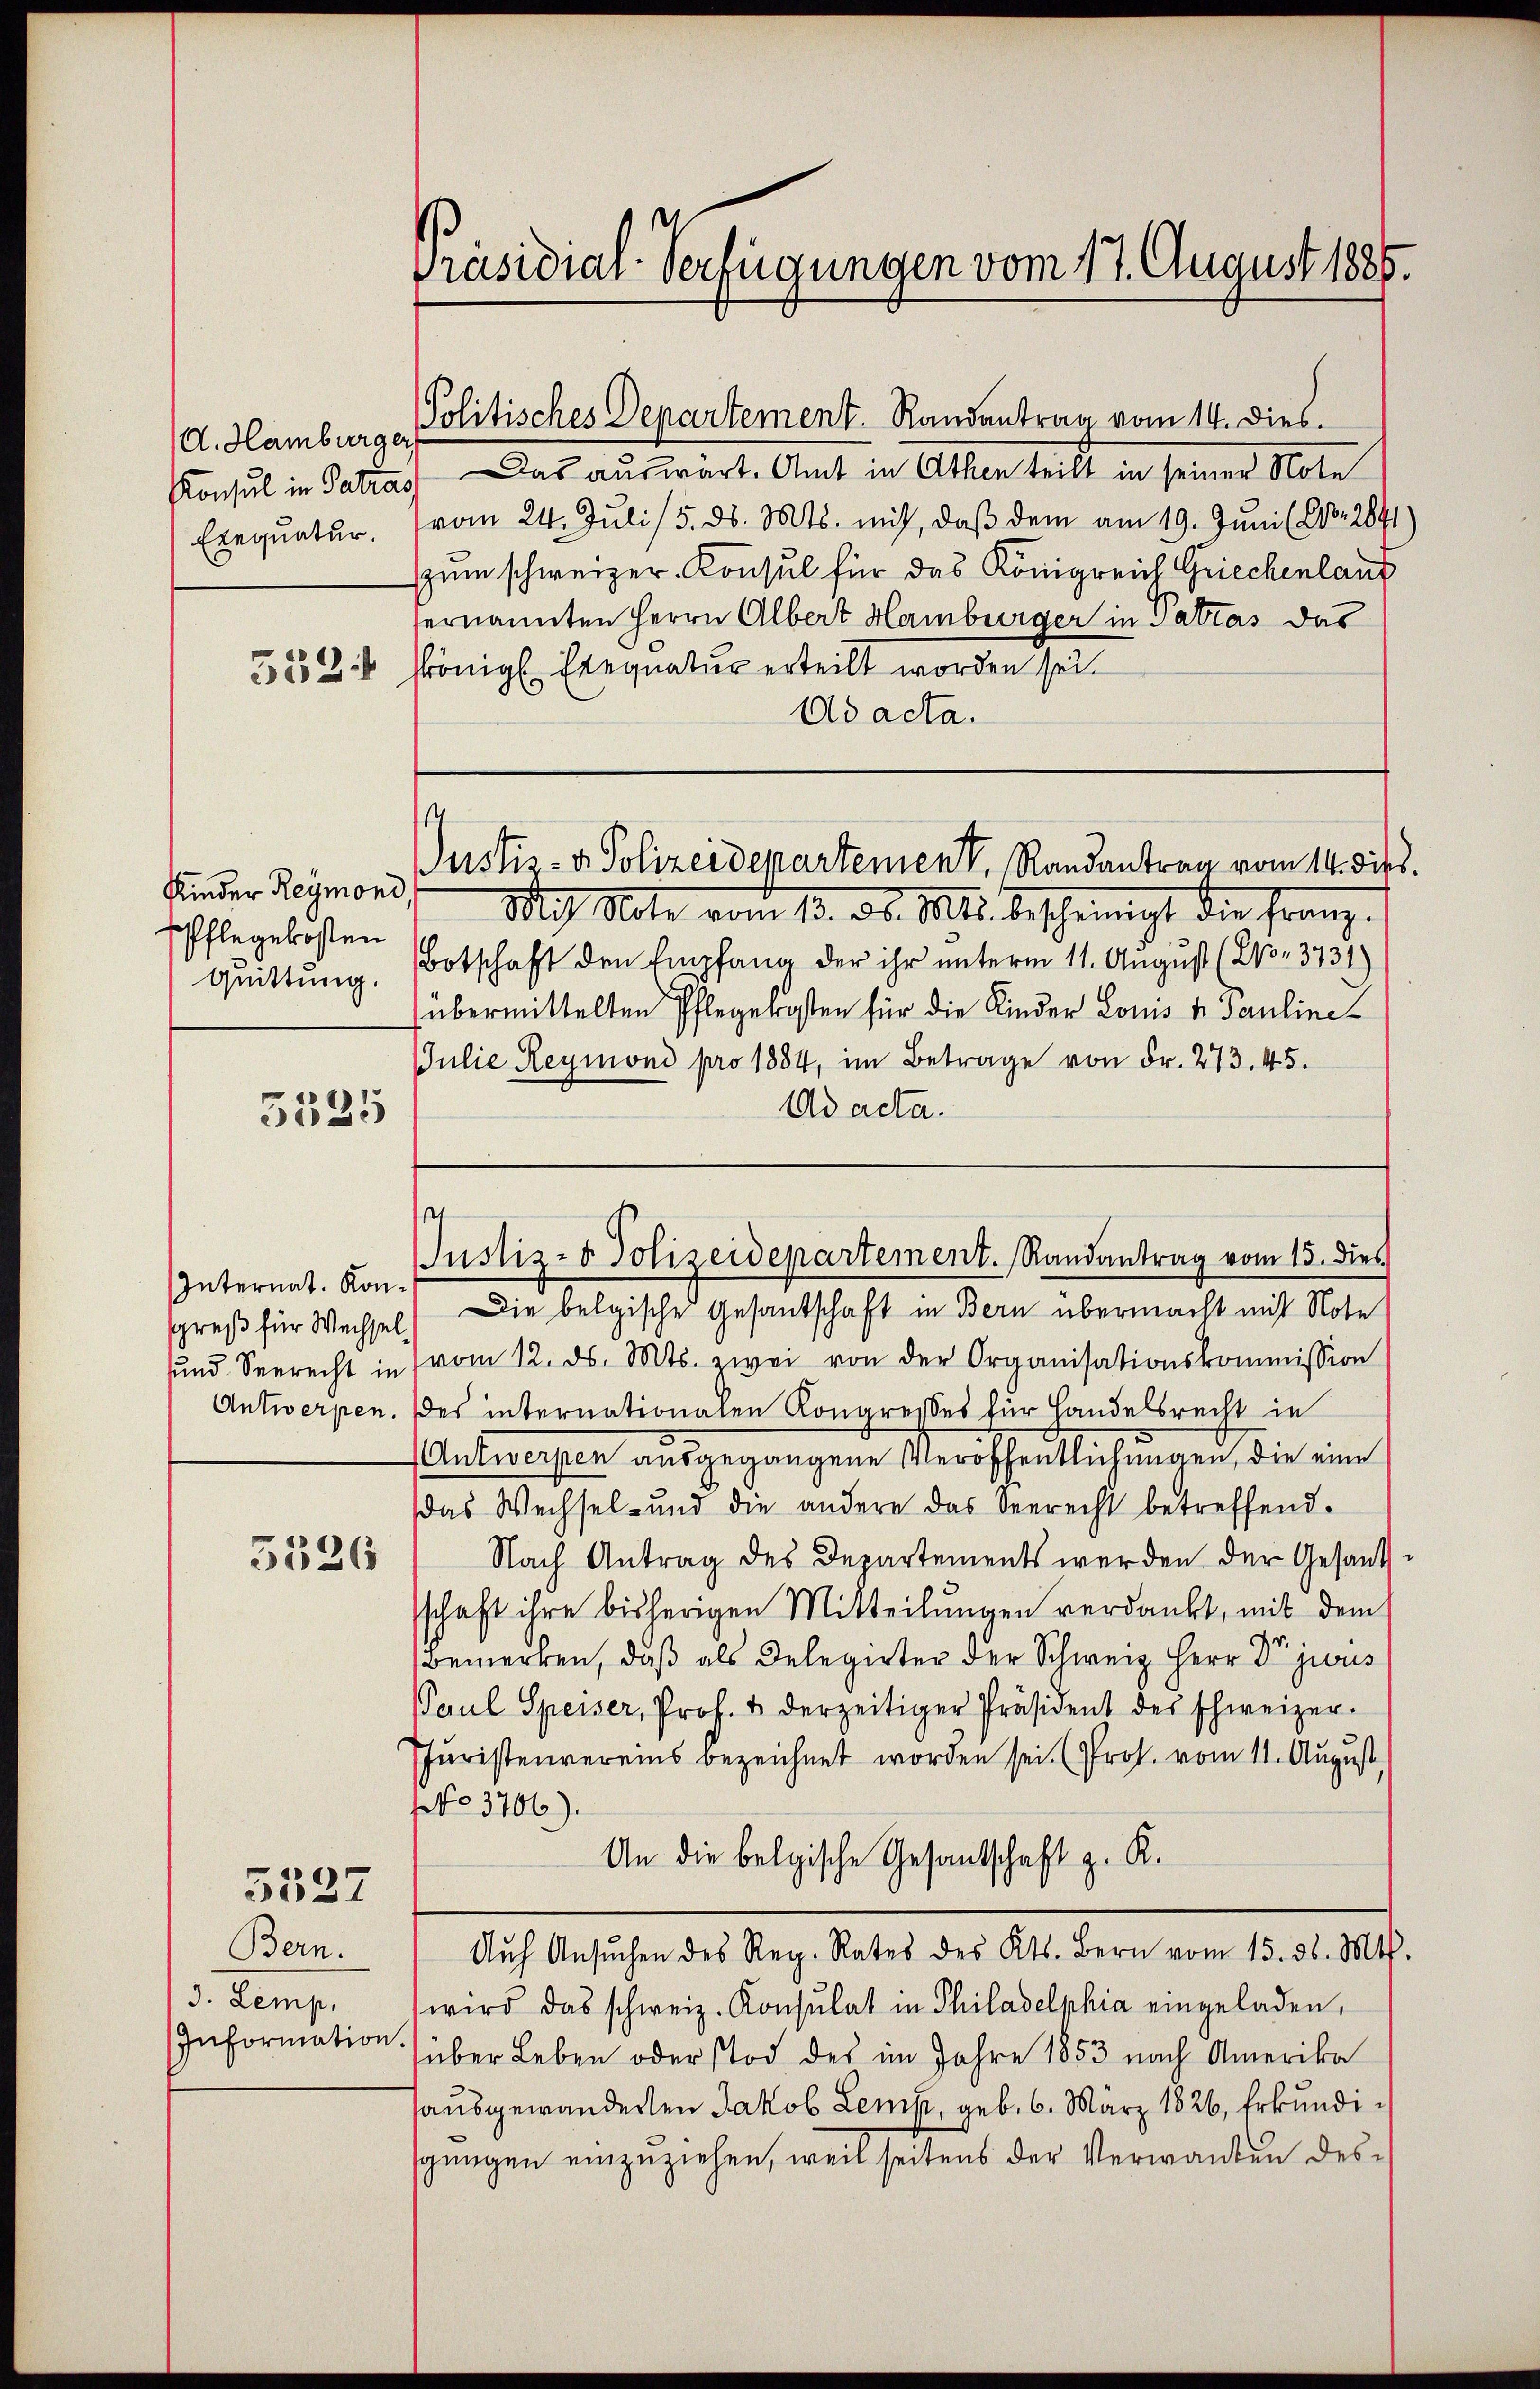
d. Hamburger
Konsul in Getrag
Exequatur.
552

Kinder Reymond
Pflegekosten
Quittung.

5525

Internat. Kongreß für Wechsel
Antwerpen.

5526

5527

Bern.
J. Lemp,
Information

Präsidial-Verfügungen vom 17. August 1885.

Politisches Departement. Randantrag vom 14. Dies
Das auswart. Amt in Athen teilt in seiner Note
vom 24. Juli / 5. d. Mts. mich, daß dem am 19. Juni (210. 2841)
um schweizer-Konsul für das Königreich Griechenlang
ernannten Herrn Albert Hamburger in Pattas das
königl. Exequatur erteilt worden sei.
Ad acta.
M Note vom 13. ds. Mts. bescheinigt die Franz.
Botschaft den Empfang der ihr unterm 11. August (21. 3731)
übermittelten Pflegekosten für die Kinder Louis v. Pauline
JJulie Reymoni pro 1884, im Betrage von Fr. 273. 45.
Ad acta.
Die belgische Gesandschaft in Bern übermacht mit Note
ŭnd Seerecht in vom 12. ds. Mts. zwei von der Organisationskommission
des internationalen Kongresses für Handelsrecht in
Antwerpen ausgegangene Veröffentlichungen, die eine
das Wechsel- und die andere das Seerecht betreffend.
Nach Antrag des Departements werden der Gesandsschaft ihre bisherigen Mitteilungen verdankt, mit dem
Bemerken, daß als Delegirter der Schweiz Herr Dr juris
Paul Speiser, Prof. & derzeitiger Präsident des schweizer-
Juristenvereins bezeichnet worden sei. (Prof. vom 11. August,
NNo. 3706).
An die belgische Gesandschaft z. K.
Auch Ansŭchen des Reg. Rates des Kts. Bern vom 15. ds. Mts.
wird das schweiz. Konsulat in Philadelphia eingeladen,
über Leben oder Tod des im Jahre 1853 nach Amerika
ausgewanderten Jakob Lemp, geb. 6. März 1826, Erkundigungen einzuziehen, weil seitens der Verwanden des¬

s

Justiz- & Polizeidepartemen Randantrag vom 14. dies

1
Justiz- & Polizeidepartement. Randantrag vom 15. dies